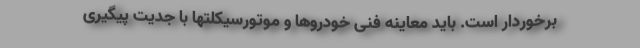
برخوردار است. باید معاینه فنی خودروها و موتورسیکلتها با جدیت پیگیری